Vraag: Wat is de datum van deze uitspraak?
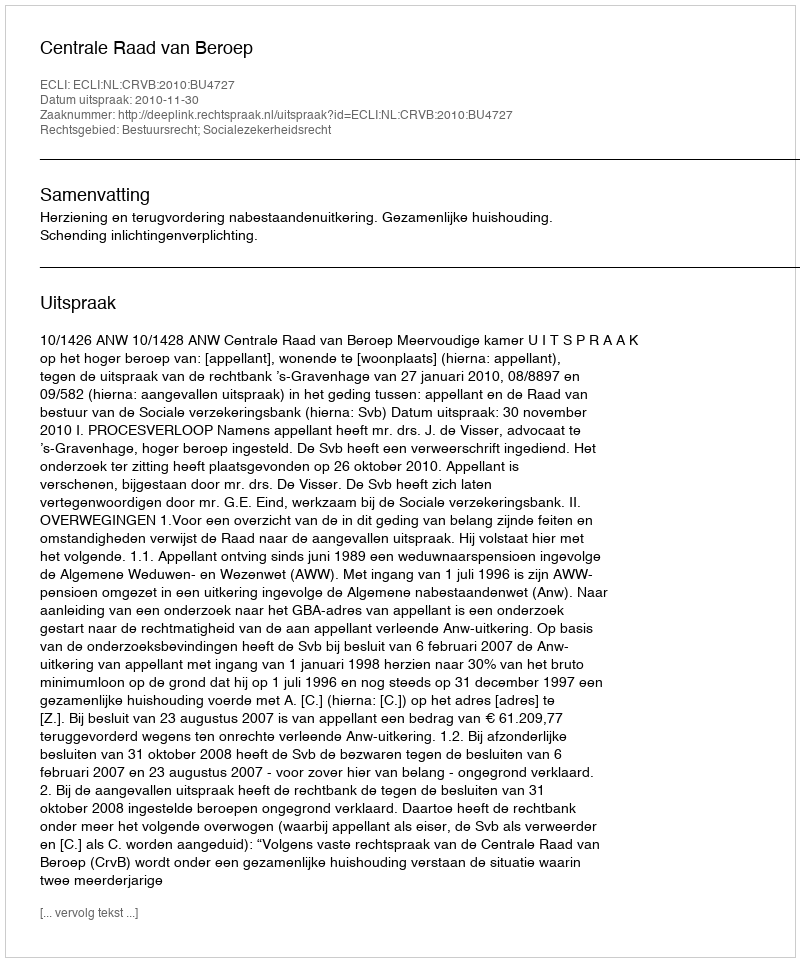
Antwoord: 2010-11-30